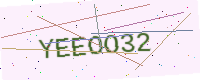
Text: YEEOO32